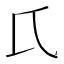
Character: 𱍸